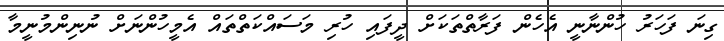
ގިނަ ފަހަރު ހުންނާނީ އެހެން ފަރާތްތަކަށް ދީފައި ހުރި މަސައްކަތްތައް އެމީހުންނަށް ނުނިންމުނީމާ